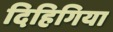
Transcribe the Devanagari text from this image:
दिहिगिया